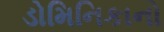
ડોમિનિકાનો